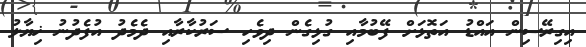
އިގިރޭސިން އައްޑު އަތޮޅަށް ފޭބުމާއި ގުޅިގެން ދިވެހި ސަރުކާރާއި ދެމެދު އުފެދުނު ޚިޔާލު